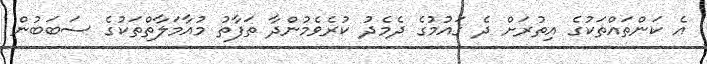
އެ ކަންތައްތަކުގެ އިތުރަށް ދެ ގައުމުގެ ދެމެދު ކުރެވެމުންދާ ތަފާތު މުއާމަލާތްތަކުގެ ސަބަބުން